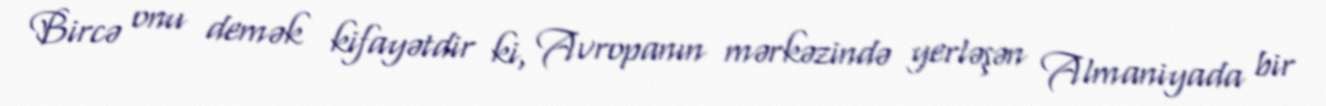
Bircə onu demək kifayətdir ki, Avropanın mərkəzində yerləşən Almaniyada bir